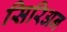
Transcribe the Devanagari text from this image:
सिरिअन